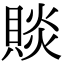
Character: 賧